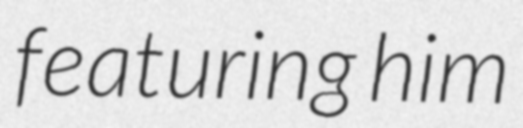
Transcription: featuring him